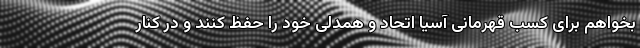
بخواهم برای کسب قهرمانی آسیا اتحاد و همدلی خود را حفظ کنند و در کنار